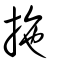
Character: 拖